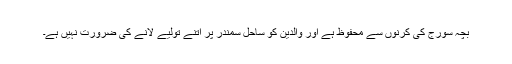
بچہ سورج کی کرنوں سے محفوظ ہے اور والدین کو ساحل سمندر پر اتنے تولیے لانے کی ضرورت نہیں ہے۔